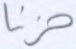
حزنا